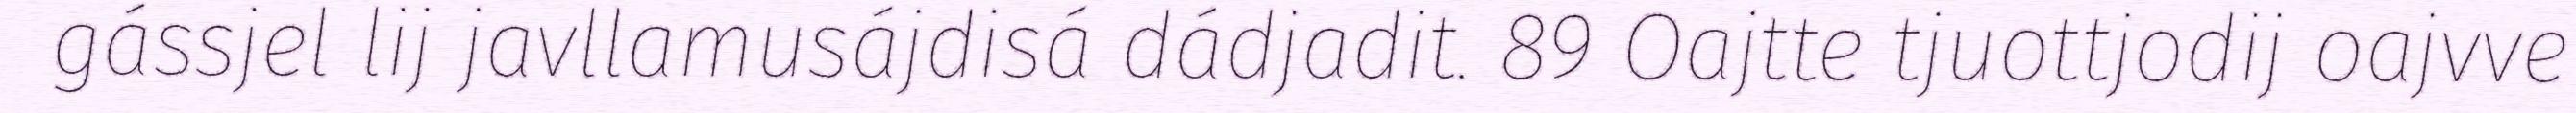
gássjel lij javllamusájdisá dádjadit. 89 Oajtte tjuottjodij oajvve